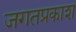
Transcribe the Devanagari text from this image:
जगतप्रकाश